Lunatic asylums Central Provinces reports 1874-1885 - 1874-1885
Year: 1874
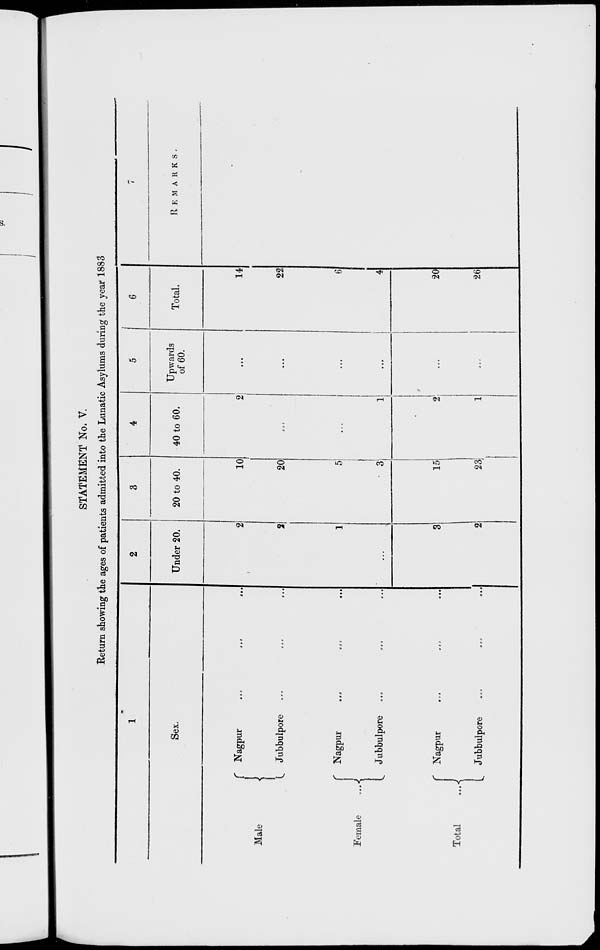
STATEMENT No. V.
Return showing the ages of patients admitted into the Lunatic Asylums during the year 1883
1
Sex.
Male
Female
...
Total
...
Nagpur
...
...
...
Jubbulpore
...
...
...
Nagpur
...
...
...
Jubbulpore
...
...
...
Nagpur
...
...
...
Jubbulpore
...
...
...
2
Under 20.
2
2
1
...
3
2
3
20 to 40.
10
20
5
3
15
23
4
40 to 60.
2
...
...
1
2
1
5
Upwards
of 60.
...
...
...
...
...
...
6
Total.
14
22
6
4
20
26
7
REMARKS.